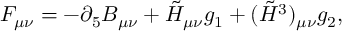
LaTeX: F _ { \mu \nu } = - \partial _ { 5 } B _ { \mu \nu } + \tilde { H } _ { \mu \nu } g _ { 1 } + ( \tilde { H } ^ { 3 } ) _ { \mu \nu } g _ { 2 } ,